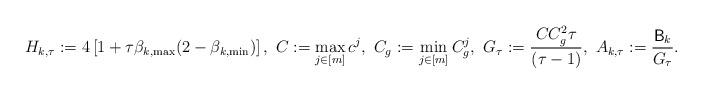
LaTeX: \begin{align*}H_{k,\tau}:=4\left[1+\tau\beta_{k,\max}(2-\beta_{k,\min})\right],\mbox{ }C:=\max_{j\in [m]}c^j,\mbox{ } C_g:=\min_{j\in[m]}C_g^j,\mbox{ } G_\tau:=\frac{C C_g^2\tau}{(\tau-1)},\mbox{ } A_{k,\tau}:=\frac{\mathsf{B}_k}{G_\tau}.\end{align*}